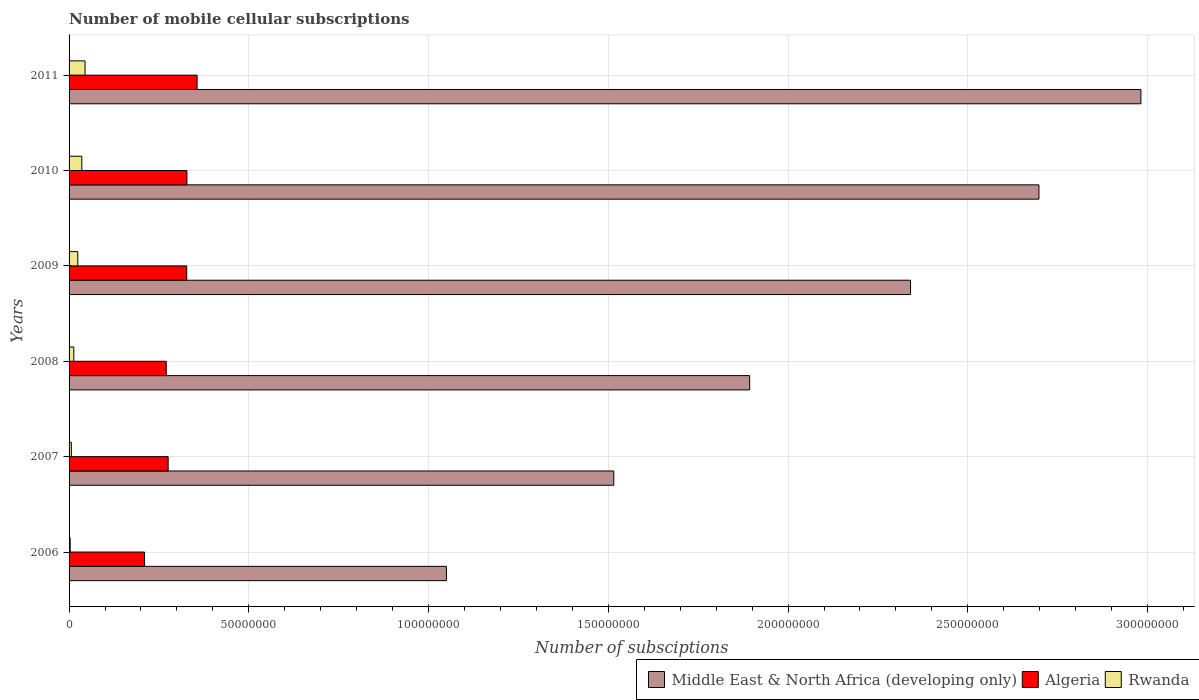
| Years | Middle East & North Africa (developing only) | Algeria | Rwanda |
 | --- | --- | --- | --- |
 | 2006 | 1.05e+08 | 2.1e+07 | 3.14e+05 |
 | 2007 | 1.52e+08 | 2.76e+07 | 6.35e+05 |
 | 2008 | 1.89e+08 | 2.7e+07 | 1.32e+06 |
 | 2009 | 2.34e+08 | 3.27e+07 | 2.43e+06 |
 | 2010 | 2.7e+08 | 3.28e+07 | 3.55e+06 |
 | 2011 | 2.98e+08 | 3.56e+07 | 4.45e+06 |